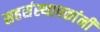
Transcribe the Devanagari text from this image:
सहसंस्थापकांनी